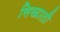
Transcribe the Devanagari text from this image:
सिखाती